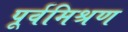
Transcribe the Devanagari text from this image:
पूर्वमिश्रण